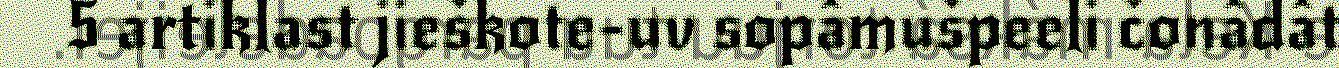
5 artiklast jieškote-uv sopâmušpeeli čonâdât